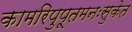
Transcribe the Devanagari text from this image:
कामरिपुपूतमनःसुकेत